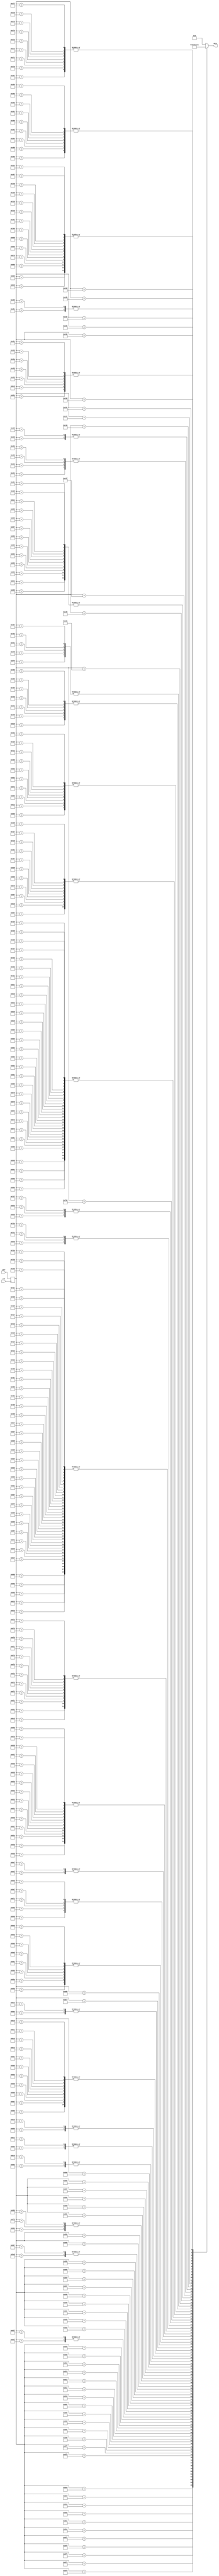
`timescale 1ns / 1ps
//////////////////////////////////////////////////////////////////////////////////
// Company: 
// Engineer: 
// 
// Design Name: 
// Module Name:    ROM_16x32 
// Project Name: 
// Target Devices: 
// Tool versions: 
// Description: 
//
// Dependencies: 
//
// Revision: 
// Revision 0.01 - File Created
// Additional Comments: 
//
//////////////////////////////////////////////////////////////////////////////////
module ROM_16x32(
	 input wire clk,
    input wire [11:0] addr,
    output reg [15:0] data
	 );
	 
	 reg [11:0] addr_reg;
	 
	 always @(posedge clk) 
      addr_reg <= addr;	
	 
	 always @*
		case (addr_reg)
		//code x00 y x01
         12'h000: data = 16'b0000000000000000; // 
         12'h001: data = 16'b0000000000000000; // 
         12'h002: data = 16'b0000000000000000; // 
         12'h003: data = 16'b0000000000000000; // 
         12'h004: data = 16'b0000000000000000; // 
         12'h005: data = 16'b0000000000000000; // 
         12'h006: data = 16'b0000000000000000; // 
         12'h007: data = 16'b0000000000000000; // 
         12'h008: data = 16'b0000000000000000; // 
         12'h009: data = 16'b0000000000000000; // 
         12'h00a: data = 16'b0000000000000000; // 
         12'h00b: data = 16'b0000000000000000; // 
         12'h00c: data = 16'b0000000000000000; // 
         12'h00d: data = 16'b0000000000000000; // 
         12'h00e: data = 16'b0000000000000000; // 
         12'h00f: data = 16'b0000000000000000; //
			12'h010: data = 16'b0000000000000000; // 
         12'h011: data = 16'b0000000000000000; // 
         12'h012: data = 16'b0000000000000000; // 
         12'h013: data = 16'b0000000000000000; // 
         12'h014: data = 16'b0000000000000000; // 
         12'h015: data = 16'b0000000000000000; // 
         12'h016: data = 16'b0000000000000000; // 
         12'h017: data = 16'b0000000000000000; // 
         12'h018: data = 16'b0000000000000000; // 
         12'h019: data = 16'b0000000000000000; // 
         12'h01a: data = 16'b0000000000000000; // 
         12'h01b: data = 16'b0000000000000000; // 
         12'h01c: data = 16'b0000000000000000; // 
         12'h01d: data = 16'b0000000000000000; // 
         12'h01e: data = 16'b0000000000000000; // 
         12'h01f: data = 16'b0000000000000000; //

		//code x5E0 y x5F0 "/"
         12'h5e0: data = 16'b0000000000000000; // 
         12'h5e1: data = 16'b0000000000000000; // 
         12'h5e2: data = 16'b0000000000000000; // 
         12'h5e3: data = 16'b0000000000000000; // 
         12'h5e4: data = 16'b0000000000000000; // 
         12'h5e5: data = 16'b0000000000000000; // 
         12'h5e6: data = 16'b0000000000000000; // 
         12'h5e7: data = 16'b0000000000000000; //                 
         12'h5e8: data = 16'b0000000000000110; //              ++
         12'h5e9: data = 16'b0000000000000111; //             +++ 
         12'h5ea: data = 16'b0000000000001110; //            +++ 
         12'h5eb: data = 16'b0000000000011100; //           +++ 
         12'h5ec: data = 16'b0000000000111000; //          +++   
         12'h5ed: data = 16'b0000000001110000; //         +++    
         12'h5ee: data = 16'b0000000011100000; //        +++     
         12'h5ef: data = 16'b0000000111000000; //       +++      
			12'h5f0: data = 16'b0000001110000000; //      +++       
         12'h5f1: data = 16'b0000011100000000; //     +++        
         12'h5f2: data = 16'b0000111000000000; //    +++         
         12'h5f3: data = 16'b0001110000000000; //   +++          
         12'h5f4: data = 16'b0011100000000000; //  +++           
         12'h5f5: data = 16'b0111000000000000; // +++            
         12'h5f6: data = 16'b1110000000000000; //+++             
         12'h5f7: data = 16'b1100000000000000; //++              
         12'h5f8: data = 16'b0000000000000000; //                 
         12'h5f9: data = 16'b0000000000000000; // 
         12'h5fa: data = 16'b0000000000000000; // 
         12'h5fb: data = 16'b0000000000000000; // 
         12'h5fc: data = 16'b0000000000000000; // 
         12'h5fd: data = 16'b0000000000000000; // 
         12'h5fe: data = 16'b0000000000000000; // 
         12'h5ff: data = 16'b0000000000000000; //
			
		//code x60 y x61      NUMERO 0
         12'h600: data = 16'b0000000000000000; // 
         12'h601: data = 16'b0000000000000000; // 
         12'h602: data = 16'b0000000000000000; // 
         12'h603: data = 16'b0000000000000000; // 
         12'h604: data = 16'b0000000000000000; // 
         12'h605: data = 16'b0001111111100000; //    ********
         12'h606: data = 16'b0011111111110000; //   **********
         12'h607: data = 16'b0111100001111000; //  ****    ****
         12'h608: data = 16'b1111000000111100; // ****      ****
         12'h609: data = 16'b1111000000111100; // ****      ****
         12'h60a: data = 16'b1111000000111100; // ****      ****
         12'h60b: data = 16'b1111000001111100; // ****     *****
         12'h60c: data = 16'b1111000011111100; // ****    ******
         12'h60d: data = 16'b1111000111111100; // ****   *******
         12'h60e: data = 16'b1111001111111100; // ****  ********
         12'h60f: data = 16'b1111011111111100; // **** *********
			12'h610: data = 16'b1111111110111100; // ********* ****
         12'h611: data = 16'b1111111100111100; // ********  ****
         12'h612: data = 16'b1111111000111100; // *******   ****
         12'h613: data = 16'b1111110000111100; // ******    ****
         12'h614: data = 16'b1111100000111100; // *****     ****
         12'h615: data = 16'b1111000000111100; // ****      ****
         12'h616: data = 16'b1111000000111100; // ****      ****
         12'h617: data = 16'b1111000000111100; // ****      ****
         12'h618: data = 16'b0111100001111000; //  ****    ****
         12'h619: data = 16'b0011111111110000; //   **********
         12'h61a: data = 16'b0001111111100000; //    ********
         12'h61b: data = 16'b0000000000000000; // 
         12'h61c: data = 16'b0000000000000000; // 
         12'h61d: data = 16'b0000000000000000; // 
         12'h61e: data = 16'b0000000000000000; // 
         12'h61f: data = 16'b0000000000000000; //
			
		//code x62 y x63      NUMERO 1
         12'h620: data = 16'b0000000000000000; // 
         12'h621: data = 16'b0000000000000000; // 
         12'h622: data = 16'b0000000000000000; // 
         12'h623: data = 16'b0000000000000000; // 
         12'h624: data = 16'b0000000000000000; // 
         12'h625: data = 16'b0000000001000000; //          *
         12'h626: data = 16'b0000000011000000; //         **
         12'h627: data = 16'b0000000111000000; //        ***
         12'h628: data = 16'b0000001111000000; //       ****
         12'h629: data = 16'b0000011111000000; //      *****
         12'h62a: data = 16'b0000111111000000; //     ******
         12'h62b: data = 16'b0001111111000000; //    *******
         12'h62c: data = 16'b0011111111000000; //   ********    
         12'h62d: data = 16'b0000001111000000; //       ****    
         12'h62e: data = 16'b0000001111000000; //       ****    
         12'h62f: data = 16'b0000001111000000; //       ****    
			12'h630: data = 16'b0000001111000000; //       ****    
         12'h631: data = 16'b0000001111000000; //       ****    
         12'h632: data = 16'b0000001111000000; //       ****    
         12'h633: data = 16'b0000001111000000; //       ****    
         12'h634: data = 16'b0000001111000000; //       ****    
         12'h635: data = 16'b0000001111000000; //       ****    
         12'h636: data = 16'b0000001111000000; //       ****    
         12'h637: data = 16'b0000001111000000; //       ****    
         12'h638: data = 16'b0000001111000000; //       ****    
         12'h639: data = 16'b0011111111111100; //   ************
         12'h63a: data = 16'b0011111111111100; //   ************
         12'h63b: data = 16'b0000000000000000; // 
         12'h63c: data = 16'b0000000000000000; // 
         12'h63d: data = 16'b0000000000000000; // 
         12'h63e: data = 16'b0000000000000000; // 
         12'h63f: data = 16'b0000000000000000; //
		
		//code x64 y x65      NUMERO 2
         12'h640: data = 16'b0000000000000000; // 
         12'h641: data = 16'b0000000000000000; // 
         12'h642: data = 16'b0000000000000000; // 
         12'h643: data = 16'b0000000000000000; // 
         12'h644: data = 16'b0000000000000000; // 
         12'h645: data = 16'b0000111111110000; //     ********
         12'h646: data = 16'b0001111111111000; //    **********
         12'h647: data = 16'b0011110001111100; //   ****   *****
         12'h648: data = 16'b0111100000111100; //  ****     ****
         12'h649: data = 16'b1111000000111100; // ****      ****
         12'h64a: data = 16'b1111000000111100; // ****      ****
         12'h64b: data = 16'b0000000000111100; //           ****
         12'h64c: data = 16'b0000000000111100; //           ****
         12'h64d: data = 16'b0000000001111000; //          ****
         12'h64e: data = 16'b0000000011110000; //         ****    
         12'h64f: data = 16'b0000000111100000; //        ****    
			12'h650: data = 16'b0000001111000000; //       ****    
         12'h651: data = 16'b0000011110000000; //      ****    
         12'h652: data = 16'b0000111100000000; //     ****    
         12'h653: data = 16'b0001111000000000; //    ****    
         12'h654: data = 16'b0011110000000000; //   ****    
         12'h655: data = 16'b0111100000000000; //  ****    
         12'h656: data = 16'b1111000000000000; // ****          
         12'h657: data = 16'b1111000000111100; // ****      ****
         12'h658: data = 16'b1111000000111100; // ****      ****    
         12'h659: data = 16'b1111111111111100; // **************
         12'h65a: data = 16'b1111111111111100; // **************
         12'h65b: data = 16'b0000000000000000; // 
         12'h65c: data = 16'b0000000000000000; // 
         12'h65d: data = 16'b0000000000000000; // 
         12'h65e: data = 16'b0000000000000000; // 
         12'h65f: data = 16'b0000000000000000; //
			
		//code x66 y x67      NUMERO 3
         12'h660: data = 16'b0000000000000000; // 
         12'h661: data = 16'b0000000000000000; // 
         12'h662: data = 16'b0000000000000000; // 
         12'h663: data = 16'b0000000000000000; // 
         12'h664: data = 16'b0000000000000000; // 
         12'h665: data = 16'b0001111111100000; //    ********
         12'h666: data = 16'b0011111111110000; //   **********
         12'h667: data = 16'b0111100001111000; //  ****    ****
         12'h668: data = 16'b1111000000111100; // ****      ****
         12'h669: data = 16'b0000000000111100; //           ****
         12'h66a: data = 16'b0000000000111100; //           ****
         12'h66b: data = 16'b0000000000111100; //           ****
         12'h66c: data = 16'b0000000000111100; //           ****
         12'h66d: data = 16'b0000000001111000; //          ****
         12'h66e: data = 16'b0000011111110000; //      *******    
         12'h66f: data = 16'b0000011111100000; //      ******    
			12'h670: data = 16'b0000011111110000; //      *******    
         12'h671: data = 16'b0000000001111000; //          ****    
         12'h672: data = 16'b0000000000111100; //           ****    
         12'h673: data = 16'b0000000000111100; //           ****    
         12'h674: data = 16'b0000000000111100; //           ****    
         12'h675: data = 16'b0000000000111100; //           ****    
         12'h676: data = 16'b0000000000111100; //           ****          
         12'h677: data = 16'b1111000000111100; // ****      ****
         12'h678: data = 16'b0111100001111000; //  ****    ****    
         12'h679: data = 16'b0011111111110000; //   **********
         12'h67a: data = 16'b0001111111100000; //    ********
         12'h67b: data = 16'b0000000000000000; // 
         12'h67c: data = 16'b0000000000000000; // 
         12'h67d: data = 16'b0000000000000000; // 
         12'h67e: data = 16'b0000000000000000; // 
         12'h67f: data = 16'b0000000000000000; //
			
		//code x68 y x69      NUMERO 4
         12'h680: data = 16'b0000000000000000; // 
         12'h681: data = 16'b0000000000000000; // 
         12'h682: data = 16'b0000000000000000; // 
         12'h683: data = 16'b0000000000000000; // 
         12'h684: data = 16'b0000000000000000; // 
         12'h685: data = 16'b0000000000010000; //            *
         12'h686: data = 16'b0000000000110000; //           **
         12'h687: data = 16'b0000000001110000; //          ***
         12'h688: data = 16'b0000000011110000; //         ****
         12'h689: data = 16'b0000000111110000; //        *****
         12'h68a: data = 16'b0000001111110000; //       ******
         12'h68b: data = 16'b0000011111110000; //      *******
         12'h68c: data = 16'b0000111011110000; //     *** ****    
         12'h68d: data = 16'b0001110011110000; //    ***  ****  
         12'h68e: data = 16'b0011100011110000; //   ***   **** 
         12'h68f: data = 16'b0111000011110000; //  ***    ****    
			12'h690: data = 16'b1111111111111100; // **************    
         12'h691: data = 16'b1111111111111100; // **************    
         12'h692: data = 16'b0000000011110000; //         ****    
         12'h693: data = 16'b0000000011110000; //         ****    
         12'h694: data = 16'b0000000011110000; //         ****    
         12'h695: data = 16'b0000000011110000; //         ****    
         12'h696: data = 16'b0000000011110000; //         ****    
         12'h697: data = 16'b0000000011110000; //         ****    
         12'h698: data = 16'b0000000011110000; //         ****    
         12'h699: data = 16'b0000000011110000; //         ****
         12'h69a: data = 16'b0000000111111000; //        ******
         12'h69b: data = 16'b0000000000000000; // 
         12'h69c: data = 16'b0000000000000000; // 
         12'h69d: data = 16'b0000000000000000; // 
         12'h69e: data = 16'b0000000000000000; // 
         12'h69f: data = 16'b0000000000000000; //
			
		//code x6a y x6b      NUMERO 5
         12'h6a0: data = 16'b0000000000000000; // 
         12'h6a1: data = 16'b0000000000000000; // 
         12'h6a2: data = 16'b0000000000000000; // 
         12'h6a3: data = 16'b0000000000000000; // 
         12'h6a4: data = 16'b0000000000000000; // 
         12'h6a5: data = 16'b1111111111111100; // **************
         12'h6a6: data = 16'b1111111111111100; // **************
         12'h6a7: data = 16'b1111000000000000; // ****  
         12'h6a8: data = 16'b1111000000000000; // ****      
         12'h6a9: data = 16'b1111000000000000; // ****      
         12'h6aa: data = 16'b1111000000000000; // ****      
         12'h6ab: data = 16'b1111000000000000; // ****    
         12'h6ac: data = 16'b1111000000000000; // ****   
         12'h6ad: data = 16'b1111111111100000; // **********
         12'h6ae: data = 16'b1111111111110000; // ************
         12'h6af: data = 16'b0000000001111000; //          ****
			12'h6b0: data = 16'b0000000000111100; //           ****
         12'h6b1: data = 16'b0000000000111100; //           ****
         12'h6b2: data = 16'b0000000000111100; //           ****
         12'h6b3: data = 16'b0000000000111100; //           ****
         12'h6b4: data = 16'b0000000000111100; //           ****
         12'h6b5: data = 16'b0000000000111100; //           ****
         12'h6b6: data = 16'b0000000000111100; //           ****
         12'h6b7: data = 16'b1111000000111100; // ****      ****
         12'h6b8: data = 16'b0111100001111000; //  ****    ****
         12'h6b9: data = 16'b0011111111110000; //   **********
         12'h6ba: data = 16'b0001111111100000; //    ********
         12'h6bb: data = 16'b0000000000000000; // 
         12'h6bc: data = 16'b0000000000000000; // 
         12'h6bd: data = 16'b0000000000000000; // 
         12'h6be: data = 16'b0000000000000000; // 
         12'h6bf: data = 16'b0000000000000000; //
			
		//code x6c y x6d      NUMERO 6
         12'h6c0: data = 16'b0000000000000000; // 
         12'h6c1: data = 16'b0000000000000000; // 
         12'h6c2: data = 16'b0000000000000000; // 
         12'h6c3: data = 16'b0000000000000000; // 
         12'h6c4: data = 16'b0000000000000000; // 
         12'h6c5: data = 16'b0000011110000000; //      *****
         12'h6c6: data = 16'b0000111100000000; //     ****
         12'h6c7: data = 16'b0001111000000000; //    ****  
         12'h6c8: data = 16'b0011110000000000; //   ****      
         12'h6c9: data = 16'b0111100000000000; //  ****      
         12'h6ca: data = 16'b1111000000000000; // ****      
         12'h6cb: data = 16'b1111000000000000; // ****    
         12'h6cc: data = 16'b1111000000000000; // ****   
         12'h6cd: data = 16'b1111000000000000; // ****
         12'h6ce: data = 16'b1111111111110000; // ************
         12'h6cf: data = 16'b1111111111111000; // *************
			12'h6d0: data = 16'b1111100001111100; // *****    *****
         12'h6d1: data = 16'b1111000000111100; // ****      ****
         12'h6d2: data = 16'b1111000000111100; // ****      ****
         12'h6d3: data = 16'b1111000000111100; // ****      ****
         12'h6d4: data = 16'b1111000000111100; // ****      ****
         12'h6d5: data = 16'b1111000000111100; // ****      ****
         12'h6d6: data = 16'b1111000000111100; // ****      ****
         12'h6d7: data = 16'b1111000000111100; // ****      ****
         12'h6d8: data = 16'b0111100001111000; //  ****    ****
         12'h6d9: data = 16'b0011111111110000; //   **********
         12'h6da: data = 16'b0001111111100000; //    ********
         12'h6db: data = 16'b0000000000000000; // 
         12'h6dc: data = 16'b0000000000000000; // 
         12'h6dd: data = 16'b0000000000000000; // 
         12'h6de: data = 16'b0000000000000000; // 
         12'h6df: data = 16'b0000000000000000; //
			
		//code x6e y x6f      NUMERO 7
         12'h6e0: data = 16'b0000000000000000; // 
         12'h6e1: data = 16'b0000000000000000; // 
         12'h6e2: data = 16'b0000000000000000; // 
         12'h6e3: data = 16'b0000000000000000; // 
         12'h6e4: data = 16'b0000000000000000; // 
         12'h6e5: data = 16'b1111111111111100; // **************
         12'h6e6: data = 16'b1111111111111100; // **************
         12'h6e7: data = 16'b1111000000111100; // ****      ****
         12'h6e8: data = 16'b0000000000111100; //           ****      
         12'h6e9: data = 16'b0000000000111100; //           ****      
         12'h6ea: data = 16'b0000000000111100; //           ****      
         12'h6eb: data = 16'b0000000000111100; //           ****    
         12'h6ec: data = 16'b0000000000111100; //           ****   
         12'h6ed: data = 16'b0000000001111000; //          ****
         12'h6ee: data = 16'b0000000011110000; //         ****
         12'h6ef: data = 16'b0000000111100000; //        ****
			12'h6f0: data = 16'b0000001111000000; //       ****
         12'h6f1: data = 16'b0000011110000000; //      ****
         12'h6f2: data = 16'b0000011110000000; //      ****
         12'h6f3: data = 16'b0000011110000000; //      ****
         12'h6f4: data = 16'b0000011110000000; //      ****
         12'h6f5: data = 16'b0000011110000000; //      ****
         12'h6f6: data = 16'b0000011110000000; //      ****
         12'h6f7: data = 16'b0000011110000000; //      ****
         12'h6f8: data = 16'b0000011110000000; //      ****
         12'h6f9: data = 16'b0000011110000000; //      ****
         12'h6fa: data = 16'b0000011110000000; //      ****
         12'h6fb: data = 16'b0000000000000000; // 
         12'h6fc: data = 16'b0000000000000000; // 
         12'h6fd: data = 16'b0000000000000000; // 
         12'h6fe: data = 16'b0000000000000000; // 
         12'h6ff: data = 16'b0000000000000000; //
			
		//code x70 y x71      NUMERO 8
         12'h700: data = 16'b0000000000000000; // 
         12'h701: data = 16'b0000000000000000; // 
         12'h702: data = 16'b0000000000000000; // 
         12'h703: data = 16'b0000000000000000; // 
         12'h704: data = 16'b0000000000000000; // 
         12'h705: data = 16'b0001111111100000; //    ********
         12'h706: data = 16'b0011111111110000; //   **********
         12'h707: data = 16'b0111100001111000; //  ****    ****  
         12'h708: data = 16'b1111000000111100; // ****      ****      
         12'h709: data = 16'b1111000000111100; // ****      ****      
         12'h70a: data = 16'b1111000000111100; // ****      ****
         12'h70b: data = 16'b1111000000111100; // ****      ****
         12'h70c: data = 16'b1111000000111100; // ****      ****
         12'h70d: data = 16'b1111000000111100; // ****      ****
         12'h70e: data = 16'b0111100001111000; //  ****    ****
         12'h70f: data = 16'b0011111111110000; //   **********
			12'h710: data = 16'b0011111111110000; //   **********
         12'h711: data = 16'b0111100000111100; //  ****    ****
         12'h712: data = 16'b1111000000111100; // ****      ****
         12'h713: data = 16'b1111000000111100; // ****      ****
         12'h714: data = 16'b1111000000111100; // ****      ****
         12'h715: data = 16'b1111000000111100; // ****      ****
         12'h716: data = 16'b1111000000111100; // ****      ****
         12'h717: data = 16'b1111000000111100; // ****      ****
         12'h718: data = 16'b0111100001111000; //  ****    ****
         12'h719: data = 16'b0011111111110000; //   **********
         12'h71a: data = 16'b0001111111100000; //    ********
         12'h71b: data = 16'b0000000000000000; // 
         12'h71c: data = 16'b0000000000000000; // 
         12'h71d: data = 16'b0000000000000000; // 
         12'h71e: data = 16'b0000000000000000; // 
         12'h71f: data = 16'b0000000000000000; //
			
		//code x72 y x73      NUMERO 9
         12'h720: data = 16'b0000000000000000; // 
         12'h721: data = 16'b0000000000000000; // 
         12'h722: data = 16'b0000000000000000; // 
         12'h723: data = 16'b0000000000000000; // 
         12'h724: data = 16'b0000000000000000; // 
         12'h725: data = 16'b0001111111100000; //    ********
         12'h726: data = 16'b0011111111110000; //   **********
         12'h727: data = 16'b0111100001111000; //  ****    ****          
         12'h728: data = 16'b1111000000111100; // ****      ****       
         12'h729: data = 16'b1111000000111100; // ****      ****      
         12'h72a: data = 16'b1111000000111100; // ****      ****     
         12'h72b: data = 16'b1111000000111100; // ****      ****       
         12'h72c: data = 16'b1111000000111100; // ****      ****       
         12'h72d: data = 16'b1111000000111100; // ****      ****
         12'h72e: data = 16'b0111100000111100; //  ****     ****
         12'h72f: data = 16'b0011111111111100; //   ************
			12'h730: data = 16'b0001111111111100; //    ***********
         12'h731: data = 16'b0000000000111100; //           ****
         12'h732: data = 16'b0000000000111100; //           ****
         12'h733: data = 16'b0000000000111100; //           ****       
         12'h734: data = 16'b0000000000111100; //           ****       
         12'h735: data = 16'b0000000000111100; //           ****     
         12'h736: data = 16'b0000000000111100; //           ****      
         12'h737: data = 16'b0000000000111100; //           ****       
         12'h738: data = 16'b0111100001111000; //  ****    ****            
         12'h739: data = 16'b0011111111110000; //   **********
         12'h73a: data = 16'b0001111111100000; //    ********
         12'h73b: data = 16'b0000000000000000; // 
         12'h73c: data = 16'b0000000000000000; // 
         12'h73d: data = 16'b0000000000000000; // 
         12'h73e: data = 16'b0000000000000000; // 
         12'h73f: data = 16'b0000000000000000; //
			
		//code x74 y x75
         12'h740: data = 16'b0000000000000000; // 
         12'h741: data = 16'b0000000000000000; // 
         12'h742: data = 16'b0000000000000000; // 
         12'h743: data = 16'b0000000000000000; // 
         12'h744: data = 16'b0000000000000000; // 
         12'h745: data = 16'b0000000000000000; // 
         12'h746: data = 16'b0000000000000000; // 
         12'h747: data = 16'b0000000000000000; // 
         12'h748: data = 16'b0000001110000000; //        ***
         12'h749: data = 16'b0000011111000000; //       *****
         12'h74a: data = 16'b0000011111000000; //       ***** 
         12'h74b: data = 16'b0000011111000000; //       ***** 
         12'h74c: data = 16'b0000001110000000; //        ***
         12'h74d: data = 16'b0000000000000000; // 
         12'h74e: data = 16'b0000000000000000; // 
         12'h74f: data = 16'b0000000000000000; //
			12'h750: data = 16'b0000000000000000; // 
         12'h751: data = 16'b0000000000000000; // 
         12'h752: data = 16'b0000000000000000; // 
         12'h753: data = 16'b0000001110000000; //        *** 
         12'h754: data = 16'b0000011111000000; //       ***** 
         12'h755: data = 16'b0000011111000000; //       ***** 
         12'h756: data = 16'b0000011111000000; //       ***** 
         12'h757: data = 16'b0000001110000000; //        *** 
         12'h758: data = 16'b0000000000000000; // 
         12'h759: data = 16'b0000000000000000; // 
         12'h75a: data = 16'b0000000000000000; // 
         12'h75b: data = 16'b0000000000000000; // 
         12'h75c: data = 16'b0000000000000000; // 
         12'h75d: data = 16'b0000000000000000; // 
         12'h75e: data = 16'b0000000000000000; // 
         12'h75f: data = 16'b0000000000000000; //

		//code xc2 y xc3			a
         12'hc20: data = 16'b0000000000000000; // 
         12'hc21: data = 16'b0000000000000000; // 
         12'hc22: data = 16'b0000000000000000; // 
         12'hc23: data = 16'b0000000000000000; // 
         12'hc24: data = 16'b0000000000000000; // 
         12'hc25: data = 16'b0000000000000000; // 
         12'hc26: data = 16'b0000000000000000; // 
         12'hc27: data = 16'b0000000000000000; // 
         12'hc28: data = 16'b0000000000000000; // 
         12'hc29: data = 16'b0000000000000000; // 
         12'hc2a: data = 16'b0111111111000000; //  *********
         12'hc2b: data = 16'b0111111111100000; //  **********
         12'hc2c: data = 16'b0000000011110000; //         ****
         12'hc2d: data = 16'b0000000011110000; //         ****
         12'hc2e: data = 16'b0011111111110000; //   **********
         12'hc2f: data = 16'b0111111111110000; //  ***********
			12'hc30: data = 16'b1111100111110000; // *****  *****
         12'hc31: data = 16'b1111000011110000; // ****    ****
         12'hc32: data = 16'b1111000011110000; // ****    ****
         12'hc33: data = 16'b1111000011110000; // ****    ****
         12'hc34: data = 16'b1111000011110000; // ****    ****
         12'hc35: data = 16'b1111100111110000; // *****  *****
         12'hc36: data = 16'b0111111110111000; //  ******** ***
         12'hc37: data = 16'b0011111100011100; //   ******   ***
         12'hc38: data = 16'b0000000000000000; // 
         12'hc39: data = 16'b0000000000000000; // 
         12'hc3a: data = 16'b0000000000000000; // 
         12'hc3b: data = 16'b0000000000000000; // 
         12'hc3c: data = 16'b0000000000000000; // 
         12'hc3d: data = 16'b0000000000000000; // 
         12'hc3e: data = 16'b0000000000000000; // 
         12'hc3f: data = 16'b0000000000000000; //
	
		//code xc6 y xc7    m
         12'hc60: data = 16'b0000000000000000; // 
         12'hc61: data = 16'b0000000000000000; // 
         12'hc62: data = 16'b0000000000000000; // 
         12'hc63: data = 16'b0000000000000000; // 
         12'hc64: data = 16'b0000000000000000; // 
         12'hc65: data = 16'b0000000000000000; // 
         12'hc66: data = 16'b0000000000000000; // 
         12'hc67: data = 16'b0000000000000000; // 
         12'hc68: data = 16'b0000000000000000; // 
         12'hc69: data = 16'b0000000000000000; // 
         12'hc6a: data = 16'b0000000000000000; // 
         12'hc6b: data = 16'b0011110000111100; //  ****    ****
         12'hc6c: data = 16'b0111111001111110; // ******  ******
         12'hc6d: data = 16'b0111111111111111; // ***************
         12'hc6e: data = 16'b0111101111101111; // **** ***** ****
         12'hc6f: data = 16'b0111000111000111; // ***   ***   ***
			12'hc70: data = 16'b0111000111000111; // ***   ***   ***
         12'hc71: data = 16'b0111000111000111; // ***   ***   ***  
         12'hc72: data = 16'b0111000111000111; // ***   ***   ***
         12'hc73: data = 16'b0111000111000111; // ***   ***   ***
         12'hc74: data = 16'b0111000111000111; // ***   ***   ***
         12'hc75: data = 16'b0111000111000111; // ***   ***   ***
         12'hc76: data = 16'b0111000111000111; // ***   ***   ***
         12'hc77: data = 16'b0111000111000111; // ***   ***   ***
         12'hc78: data = 16'b0000000000000000; // 
         12'hc79: data = 16'b0000000000000000; // 
         12'hc7a: data = 16'b0000000000000000; // 
         12'hc7b: data = 16'b0000000000000000; // 
         12'hc7c: data = 16'b0000000000000000; // 
         12'hc7d: data = 16'b0000000000000000; // 
         12'hc7e: data = 16'b0000000000000000; // 
         12'hc7f: data = 16'b0000000000000000; //
			
		//code xc8 y xc9    		p
         12'hc80: data = 16'b0000000000000000; // 
         12'hc81: data = 16'b0000000000000000; // 
         12'hc82: data = 16'b0000000000000000; // 
         12'hc83: data = 16'b0000000000000000; // 
         12'hc84: data = 16'b0000000000000000; // 
         12'hc85: data = 16'b0000000000000000; // 
         12'hc86: data = 16'b0000000000000000; // 
         12'hc87: data = 16'b0000000000000000; // 
         12'hc88: data = 16'b0000000000000000; // 
         12'hc89: data = 16'b0000000000000000; // 
         12'hc8a: data = 16'b1110001111110000; // ***   ******
         12'hc8b: data = 16'b0111011111111000; //  *** ********
         12'hc8c: data = 16'b0011111001111100; //   *****  *****
         12'hc8d: data = 16'b0011110000111100; //   ****    ****
         12'hc8e: data = 16'b0011110000111100; //   ****    ****
         12'hc8f: data = 16'b0011110000111100; //   ****    ****
			12'hc90: data = 16'b0011110000111100; //   ****    ****
         12'hc91: data = 16'b0011110000111100; //   ****    ****
         12'hc92: data = 16'b0011110000111100; //   ****    ****
         12'hc93: data = 16'b0011110000111100; //   ****    ****
         12'hc94: data = 16'b0011110000111100; //   ****    ****
         12'hc95: data = 16'b0011111001111100; //   *****  *****
         12'hc96: data = 16'b0011111111111000; //   ***********
         12'hc97: data = 16'b0011111111110000; //   **********
         12'hc98: data = 16'b0011110000000000; //   ****
         12'hc99: data = 16'b0011110000000000; //   ****
         12'hc9a: data = 16'b0011110000000000; //   ****
         12'hc9b: data = 16'b0011110000000000; //   ****
         12'hc9c: data = 16'b0011110000000000; //   ****
         12'hc9d: data = 16'b1111111100000000; // ********
         12'hc9e: data = 16'b0000000000000000; // 
         12'hc9f: data = 16'b0000000000000000; //
			
		default: data = 16'b0000000000000000;
		
		endcase
	 
endmodule